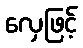
လှေဖြင့်